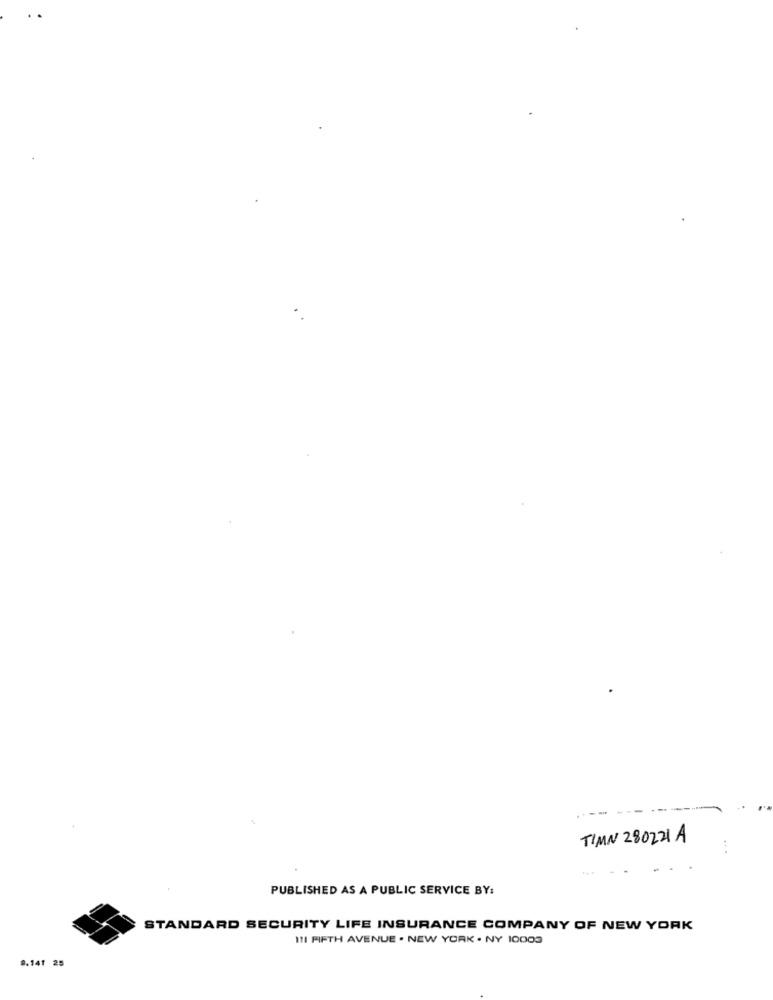
---
TIMN 280221 A
PUBLISHED AS A PUBLIC SERVICE BY:
STANDARD SECURITY LIFE INSURANCE COMPANY OF NEW YORK
I11 FIFTH AVENUE . NEW YORK . NY 10000
9.141 25